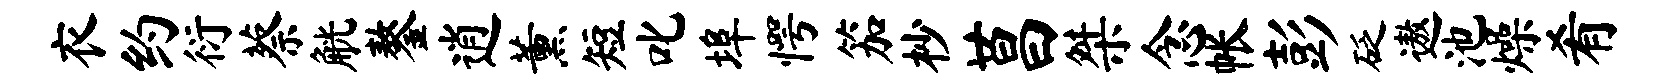
衣约衍蔡觥鏊逍薰短叱埠愕笳杪莒桀念帐彭砭遨池燥肴